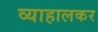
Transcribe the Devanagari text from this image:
व्याहालकर